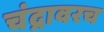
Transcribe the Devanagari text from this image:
चंद्रावरच